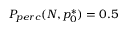
P _ { p e r c } ( N , p _ { 0 } ^ { * } ) = 0 . 5